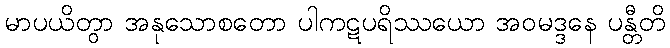
မာပယိတွာ အနုသောစတော ပါကဋပရိဿယော အဝမဒ္ဒနေ ပန္တီတိ